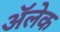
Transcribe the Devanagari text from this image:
अॅलेक